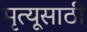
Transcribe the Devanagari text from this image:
मृत्यूसाठी